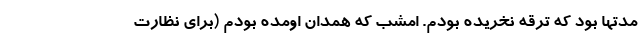
مدتها بود که ترقه نخریده بودم. امشب که همدان اومده بودم (برای نظارت